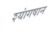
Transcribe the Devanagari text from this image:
श्यांगषान